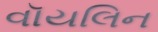
વૉયલિન